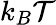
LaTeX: k_{B}\mathcal{T}